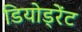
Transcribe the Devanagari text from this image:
डियोड्रेंट